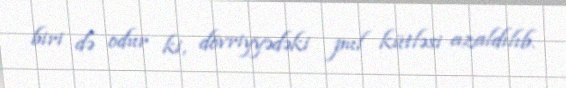
biri də odur ki, dövriyyədəki pul kütləsi azaldılıb.